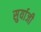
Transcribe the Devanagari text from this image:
सुर्याजी